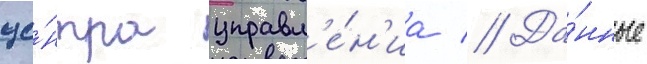
це́нтра управл'е́н'иа // Да́нные